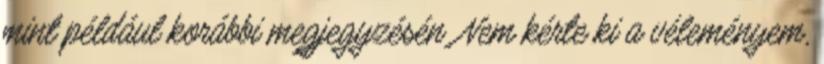
mint például korábbi megjegyzésén. Nem kérte ki a véleményem,